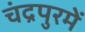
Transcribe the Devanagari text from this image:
चंद्रपुरमें